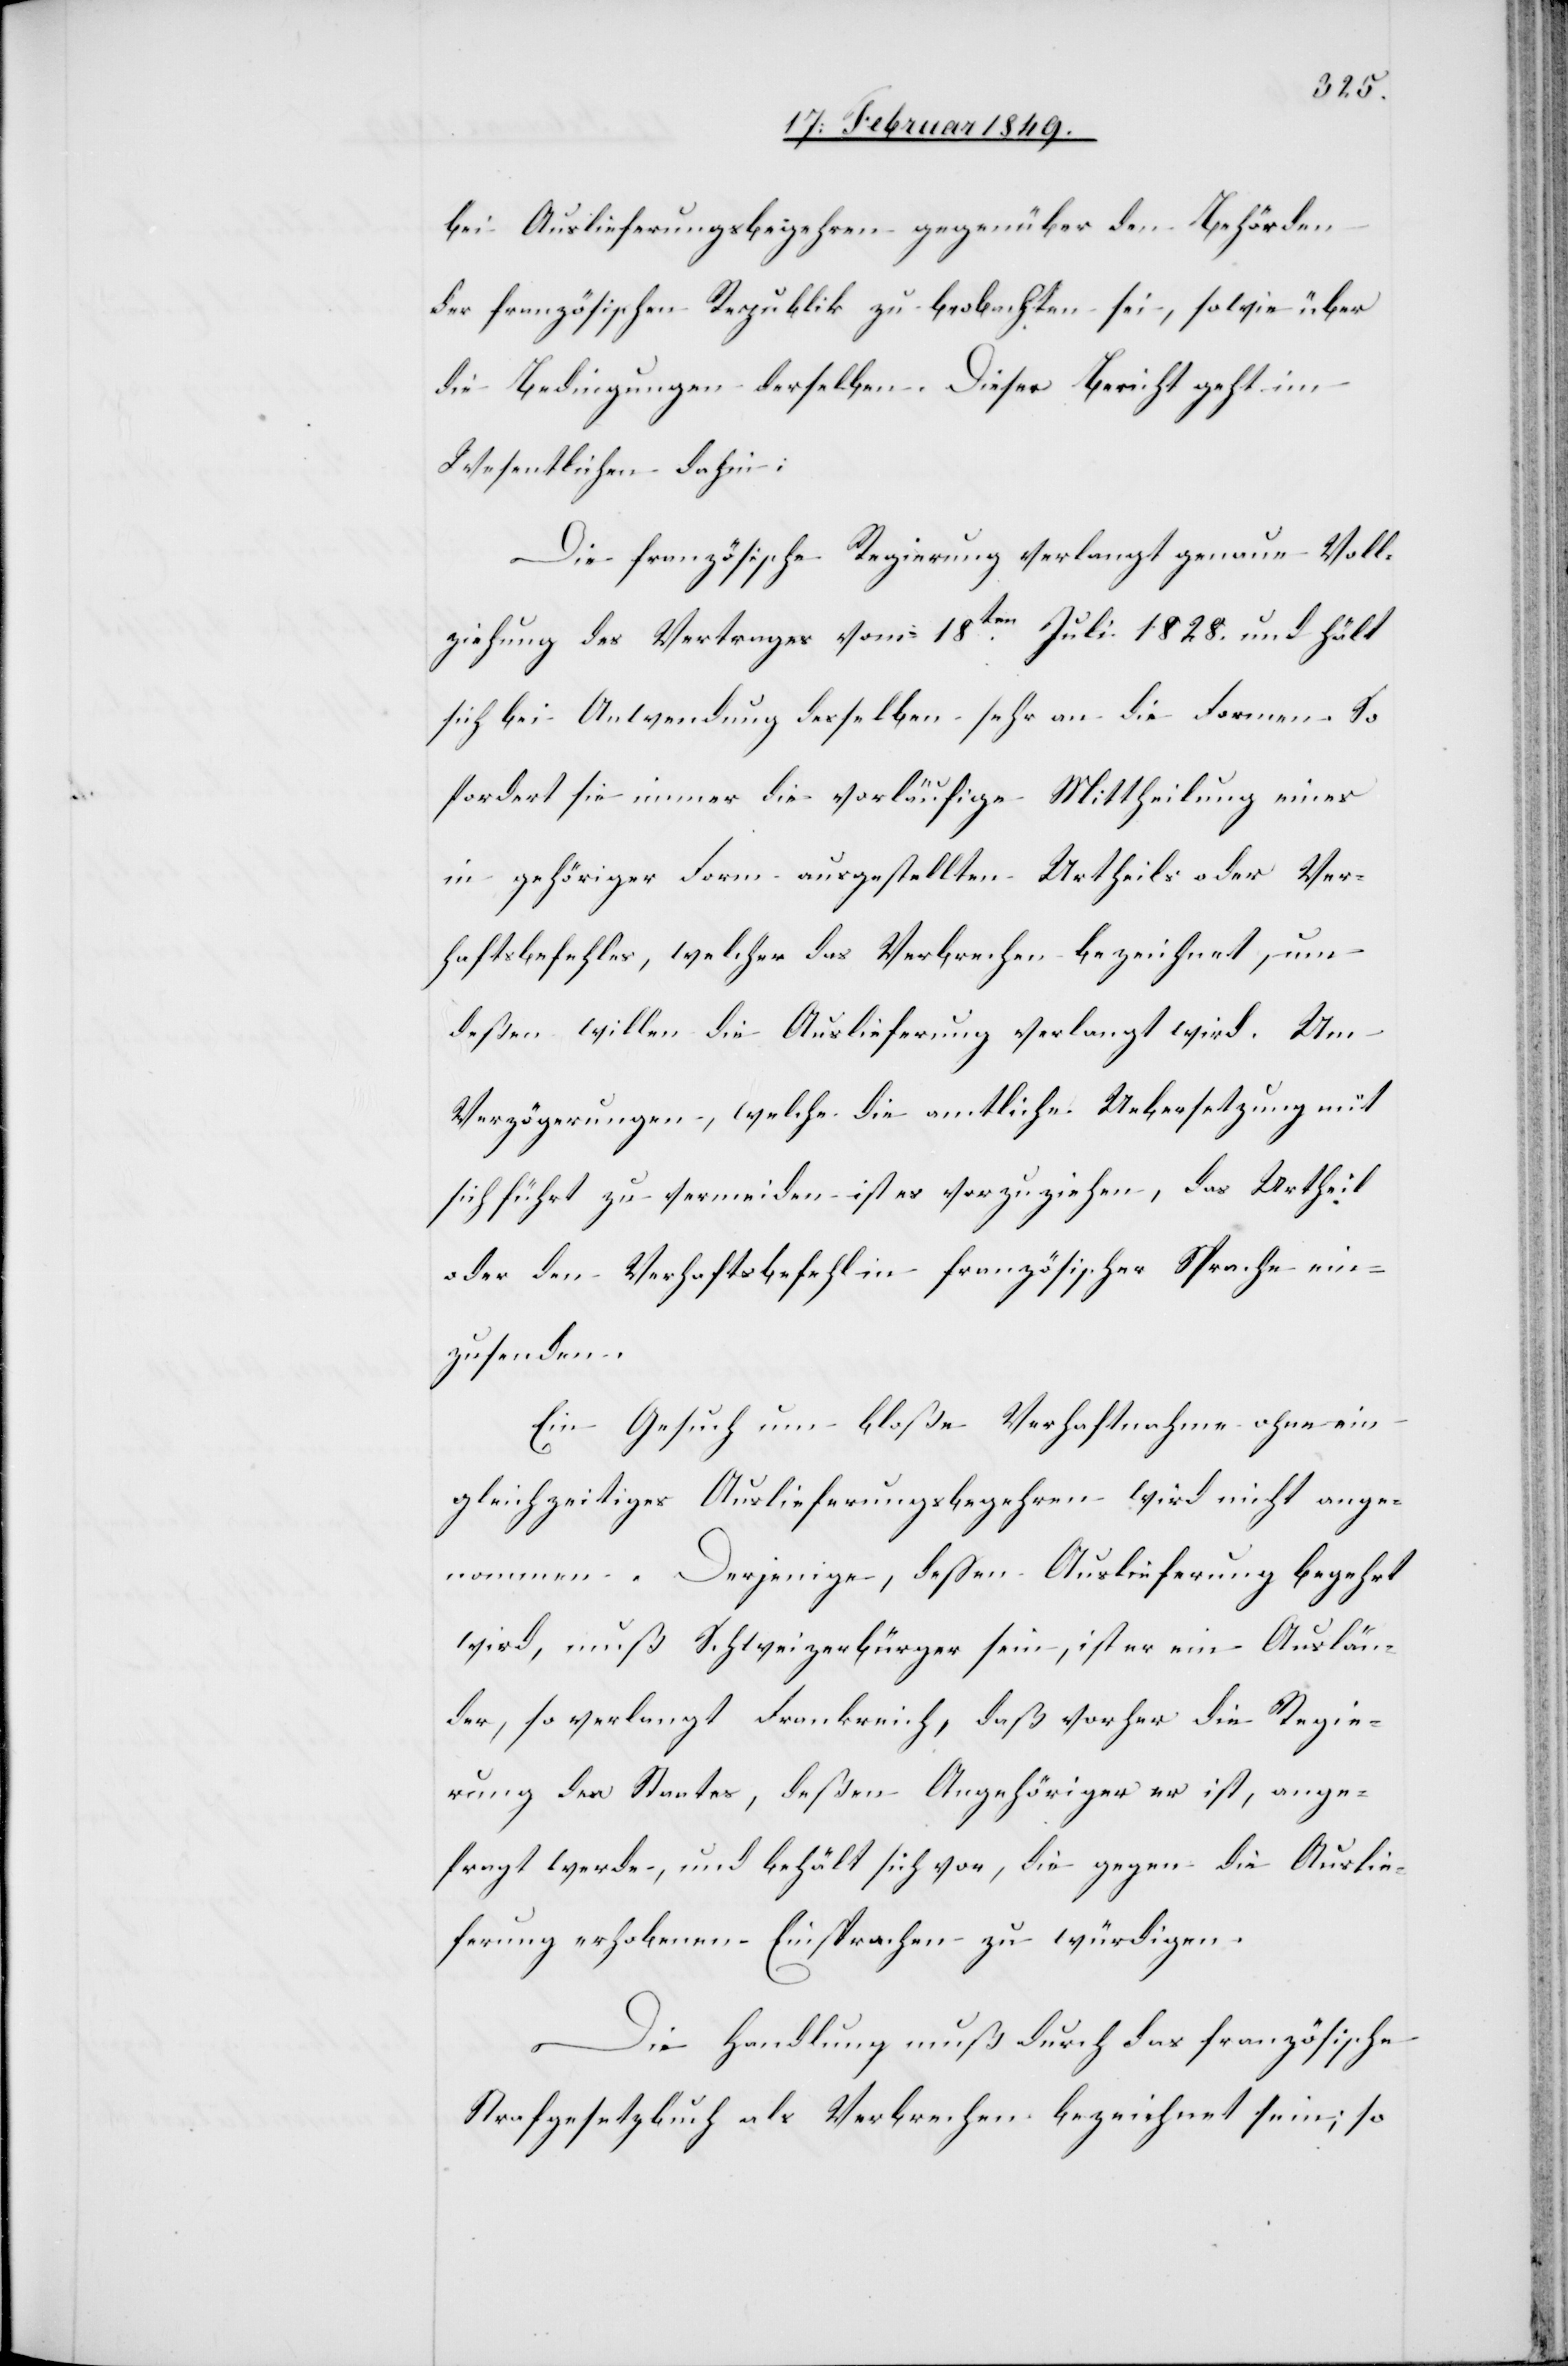
bei Auslieferungsbegehren gegenüber Behörden
der französischen Republik zu beobachten sei, sowie über
die Bedingungen derselben. Dieser Bericht geht im
Wesentlichen dahin:
Die französische Regierung verlangt genaue Voll¬
ziehung des Vertrages vom 18ten. Juli 1828. und hält
sich bei Anwendung desselben sehr an die Formen. So
fordert sie immer die vorläufige Mittheilung eines
in gehöriger Form ausgestellten Urtheils oder Ver¬
haftsbefehles, welcher das Verbrechen bezeichnet, um
deßen willen die Auslieferung verlangt wird. Um
Verzögerungen, welche die amtliche Uebersetzung mit
sich führt zu vermeiden ist es vorzuziehen, das Urtheil
oder den Verhaftsbefehl in französischer Sprache ein¬
zusenden.
Ein Gesuch um bloße Verhaftnahme ohne ein
gleichzeitiges Auslieferungsbegehren wird nicht ange¬
nommen. Derjenige, deßen Auslieferung begehrt
wird, muß Schweizerbürger sein, ist er ein Auslän¬
der, so verlangt Frankreich, daß vorher die Regie¬
rung des Staates, deßen Angehöriger er ist, ange¬
fragt werde, und behält sich vor, die gegen die Auslie¬
ferung erhobenen Einsprachen zu würdigen.
Die Handlung muß durch das französische
Strafgesetzbuch als Verbrechen bezeichnet sein; so